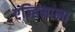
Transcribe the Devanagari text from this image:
एज्हिमाला